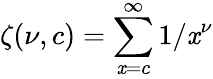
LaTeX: \zeta(\nu,c)=\sum_{\mathit{x}=c}^{\infty}1/\mathit{x}^{\nu}